Civil Veterinary Dept. Bombay admin report 1923-31 - 1923-1931
Year: 1923
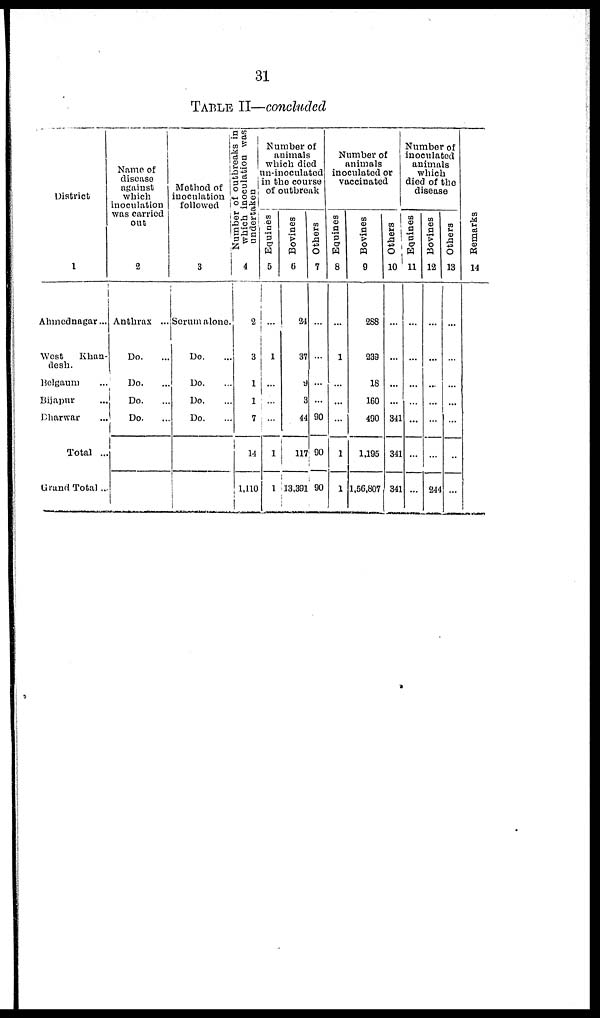
31
TABLE II—concluded
District
1
Ahmednagar ...
West
Khan-
desh.
Belgaum ...
Bijapur ...
Dharwar ...
Total ...
Grand Total...
Name of
disease
against
which
inoculation
was carried
out
2
Anthrax ...
Do....
Do....
Do....
Do....
Method of
inoculation
followed
3
Serum alone.
Do....
Do....
Do....
Do....
Number or outbreaks in
which inoculation was
undertaken
4
2
3
1
1
7
14
1,110
Number of
animals
which died
in-inoculated
in the course
of outbreak
Equines
5
...
1
...
...
...
1
1
Bovines
6
24
37
9
3
44
117
13.391
Others
7
...
...
90
90
90
Number of
animals
inoculated or
vaccinated
Equines
8
...
1
...
...
...
1
1
Bovines
9
288
239
18
160
490
1,195
1,56,807
Others
10
...
...
...
...
341
341
341
Number of
inoculated
animals
which
died of the
disease
Equines
11
...
...
...
...
...
...
...
Bovines
12
...
...
...
...
...
...
244
Others
13
...
...
...
...
...
...
...
Re ma r
ks
14